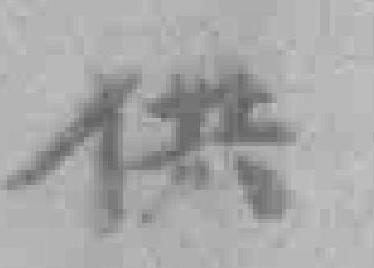
供